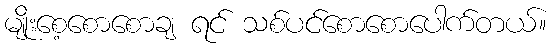
မျိုးစေ့စောစောချ ရင် သစ်ပင်စောစောပေါက်တယ်။